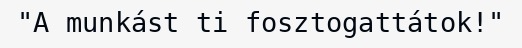
"A munkást ti fosztogattátok!"